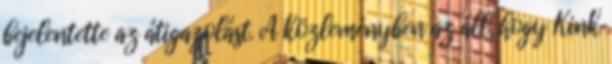
bejelentette az átigazolást. A közleményben az áll, hogy Kink